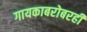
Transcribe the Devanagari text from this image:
गायकाबरोबरही